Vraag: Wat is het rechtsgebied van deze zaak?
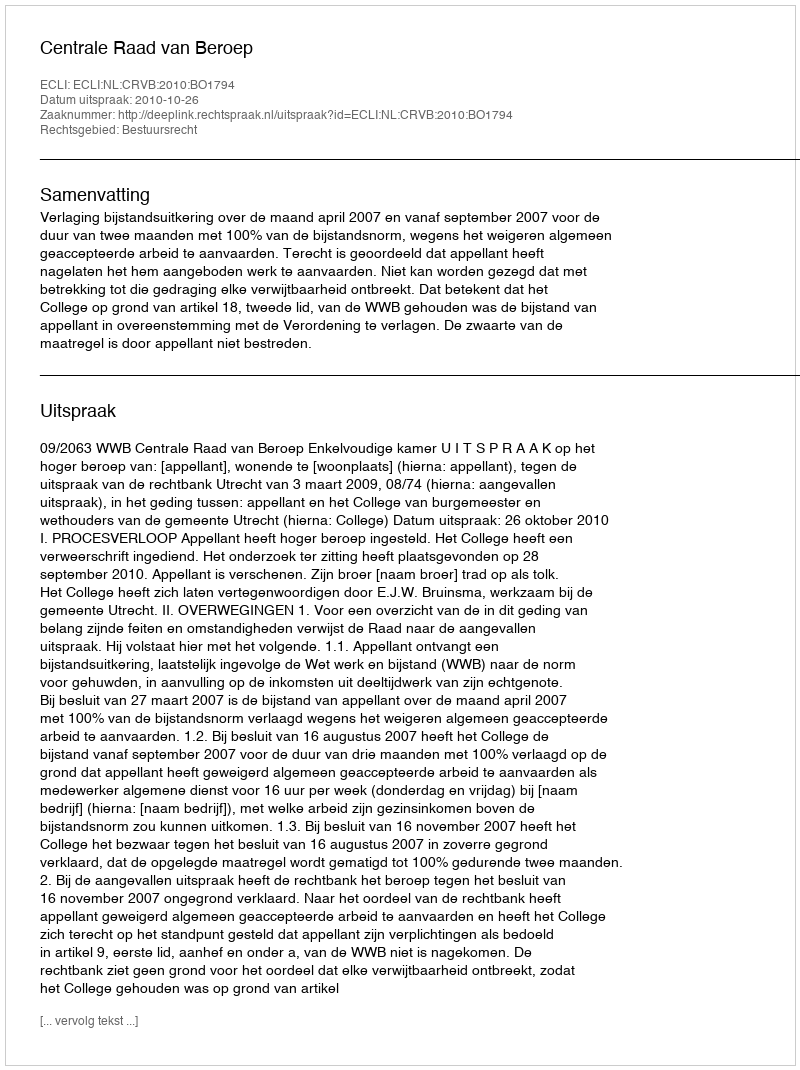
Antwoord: Bestuursrecht